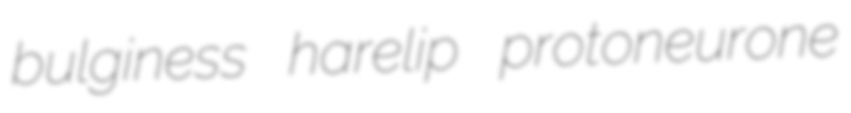
bulginess harelip protoneurone